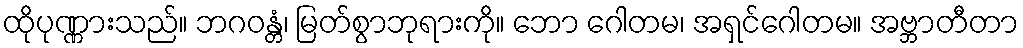
ထိုပုဏ္ဏားသည်။ ဘဂဝန္တံ၊ မြတ်စွာဘုရားကို။ ဘော ဂေါတမ၊ အရှင်ဂေါတမ။ အဗ္ဘာတီတာ